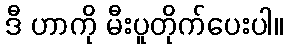
ဒီ ဟာကို မီးပူတိုက်ပေးပါ။